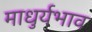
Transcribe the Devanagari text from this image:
माधुर्यभाव